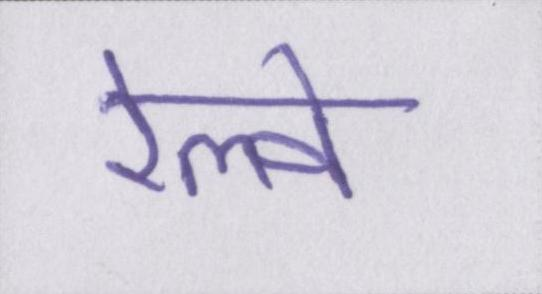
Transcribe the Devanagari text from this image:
रेल्वे